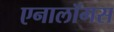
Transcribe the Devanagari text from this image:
एनालॉगस